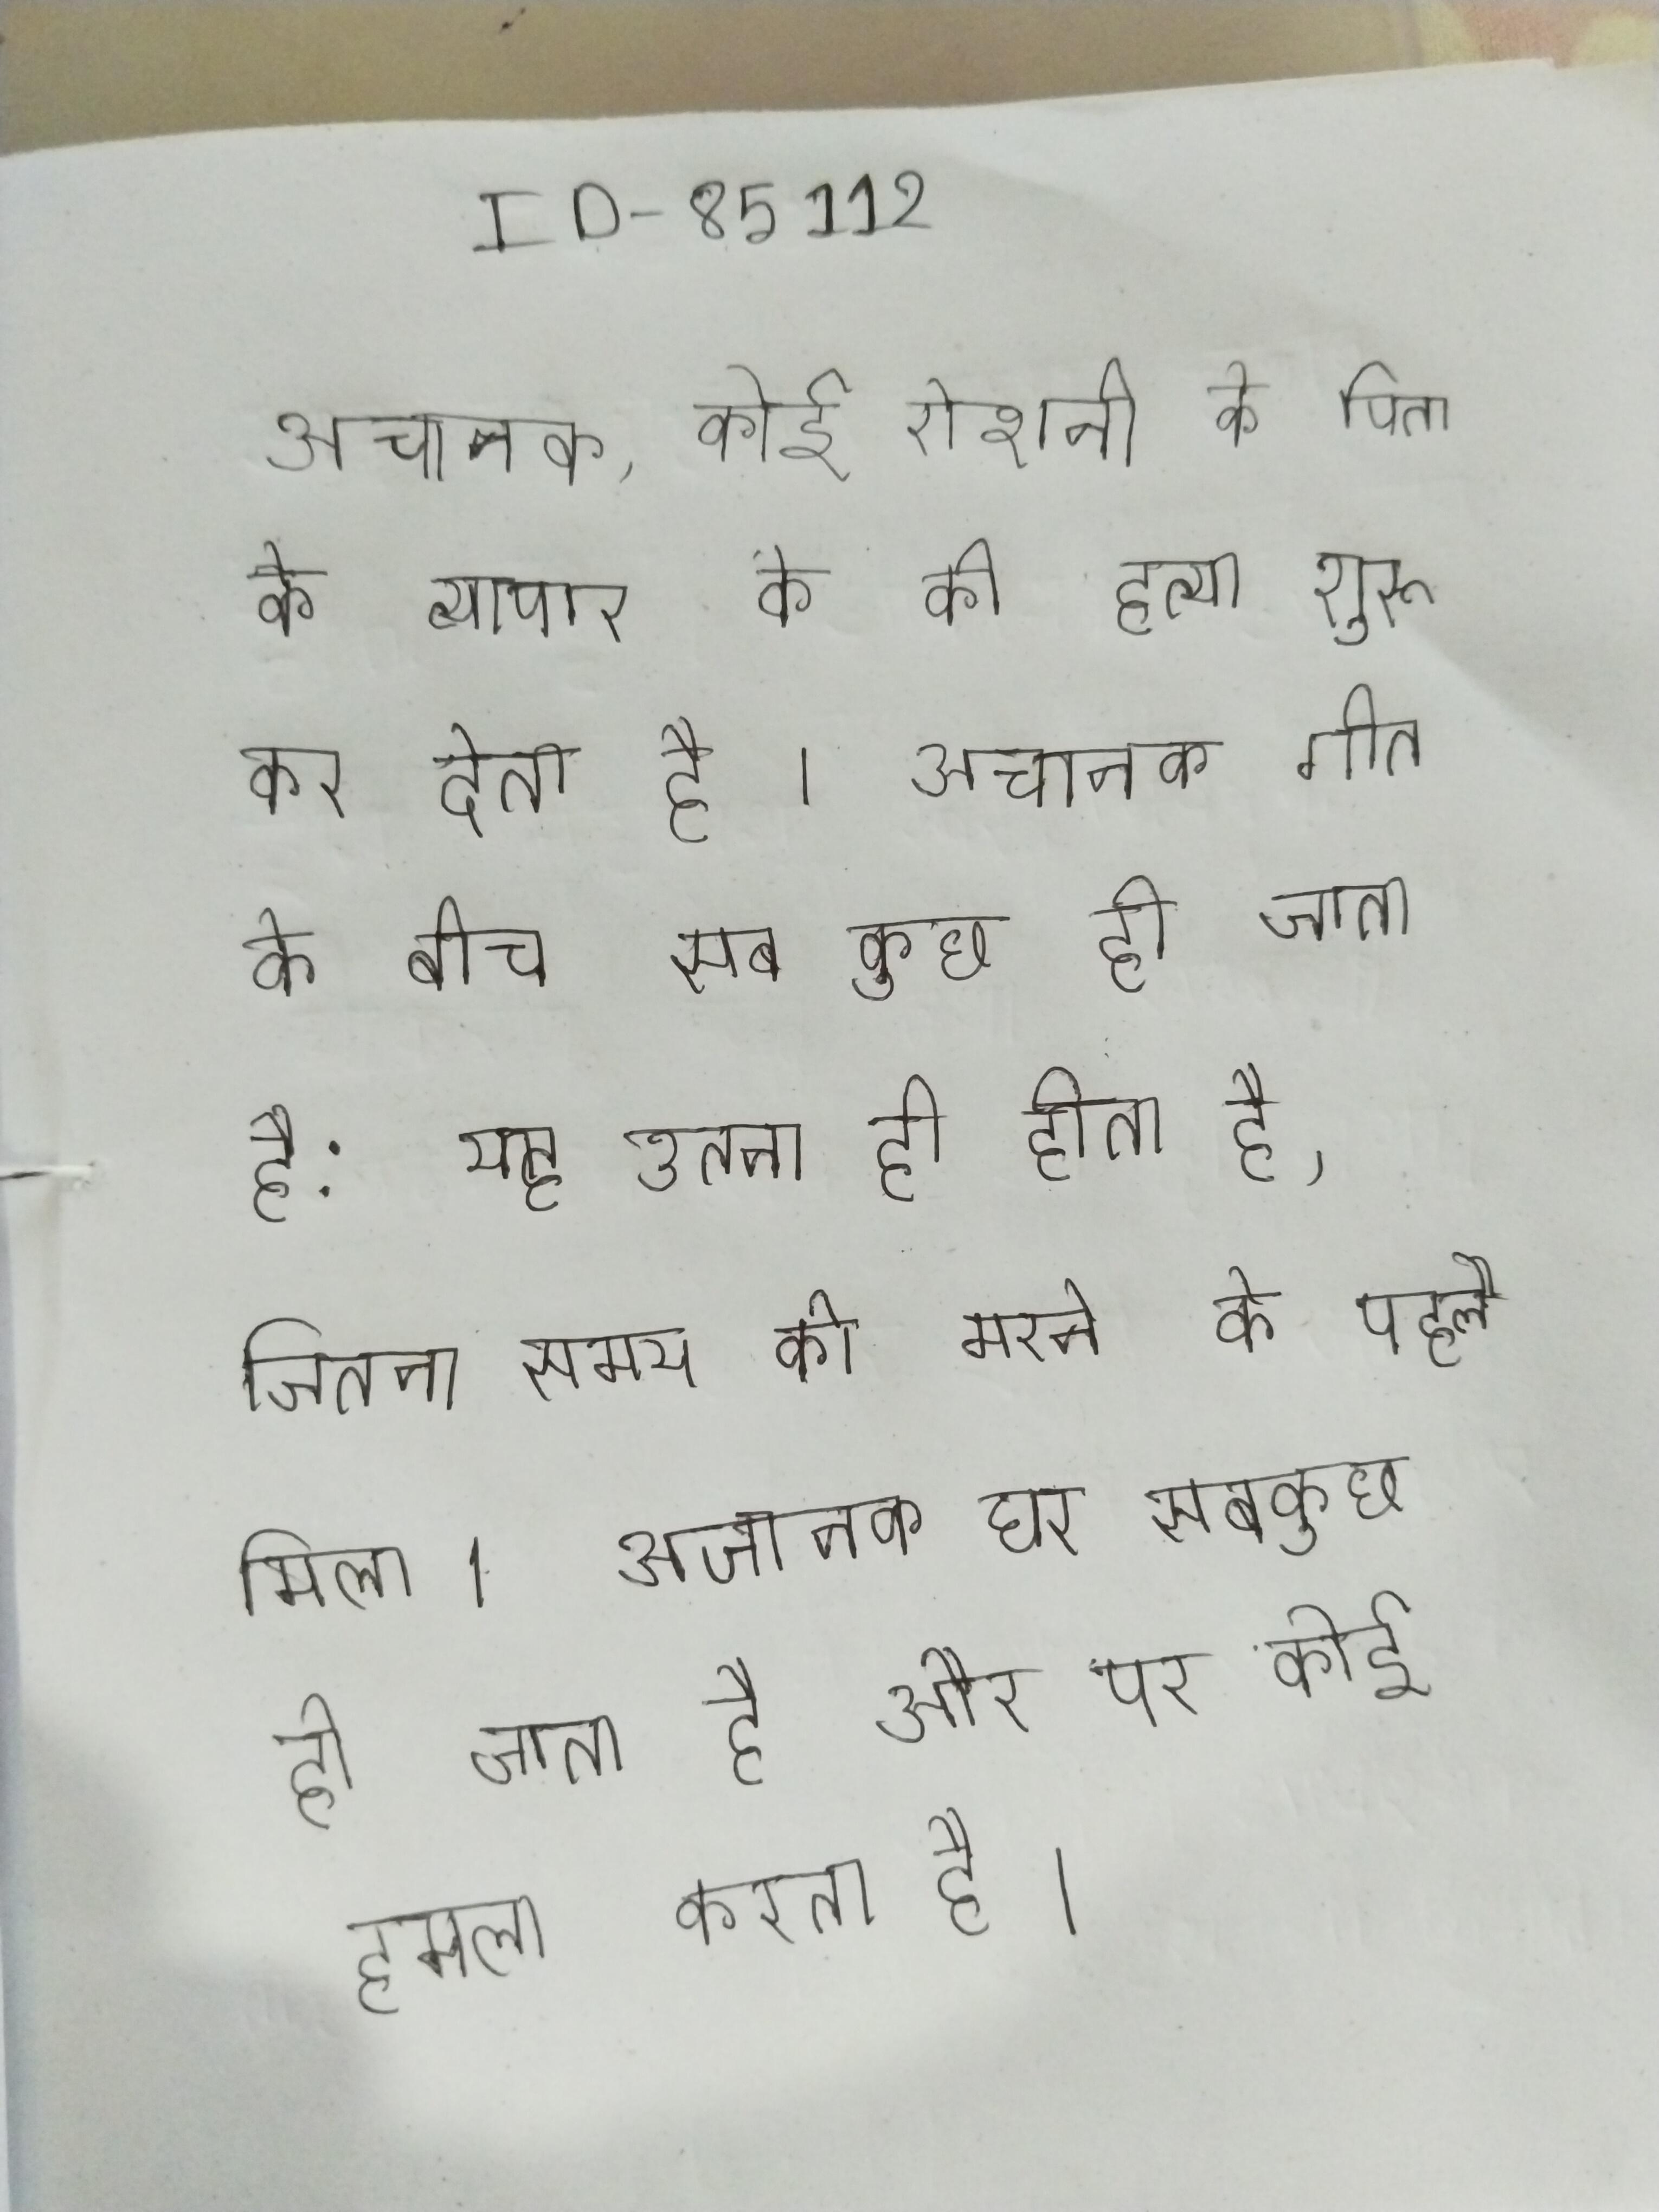
अचानक, कोई रोशनी के पिता के व्यापार के की हत्या शुरू कर देता है । अचानक गीत के बीच सब कुछ हो जाता है: यह उतना ही होता है, जितना समय को मरने के पहले मिला । अचानक घर सबकुछ हो जाता है और पर कोई हमला करता है ।